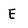
Character: E